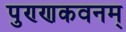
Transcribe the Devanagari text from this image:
पुण्णकवनम्